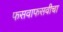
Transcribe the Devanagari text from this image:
फसवाफसवीचा